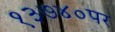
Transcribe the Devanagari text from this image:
१३७४०पर